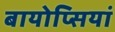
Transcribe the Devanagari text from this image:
बायोप्सियां